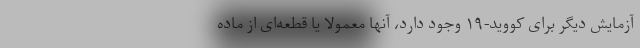
آزمایش دیگر برای کووید-۱۹ وجود دارد، آنها معمولا یا قطعه‌ای از ماده